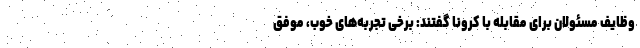
وظایف مسئولان برای مقابله با کرونا گفتند: برخی تجربه‌های خوب، موفق